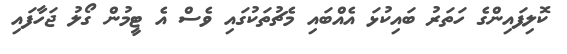
ކޮލިފައިންގެ ހަތަރު ބައިކުޅަ އެއްބައި މެޗުތަކުގައި ވެސް އެ ޓީމުން ގޯލު ޖަހާފައި